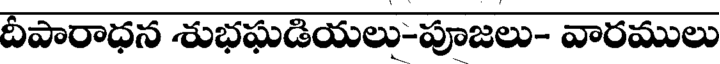
దీపారాధన శుభఘడియలు-పూజలు- వారములు